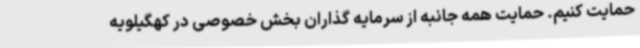
حمایت کنیم. حمایت همه جانبه از سرمایه گذاران بخش خصوصی در کهگیلویه